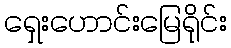
ရှေးဟောင်းမြေရိုင်း